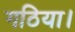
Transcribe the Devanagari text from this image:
गठिया।